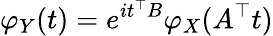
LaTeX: \varphi_{Y}(t)=e^{it^{\top}B}\varphi_{X}(A^{\top}t)